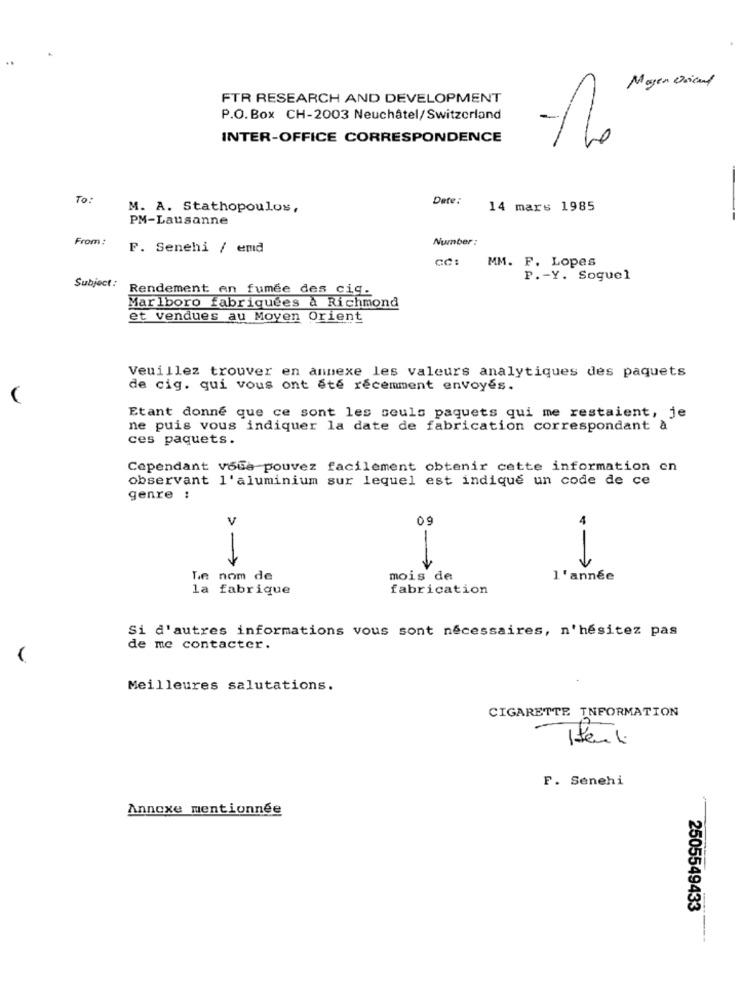
Moyen Orient
FTR RESEARCH AND DEVELOPMENT
P.O. Box CH-2003 Neuchâtel/Switzerland
INTER-OFFICE CORRESPONDENCE
To:
Date:
M. A. Stathopoulos,
14 mars 1985
PM-Lausanne
From :
Number :
F. Senehi / emd
CC: MM. F. Lopes
P .- Y. Soguel
Subject:
Rendement en fumée des cig.
Marlboro fabriquées à Richmond
et vendues au Moyen Orient
Veuillez trouver en annexe les valeurs analytiques des paquets
de cig. qui vous ont ete récemment envoyés.
Etant donne que ce sont les seuls paquets qui me restaient, je
ne puis vous indiquer la date de fabrication correspondant à
ces paquets.
Cependant voGa pouvez facilement obtenir cette information en
observant l'aluminium sur lequel est indique un code de ce
genre :
V
09
Le nom de
mois de
l'année
la fabrique
fabrication
Si d'autres informations vous sont nécessaires, n'hésitez pas
de me contacter.
Meilleures salutations.
CIGARETTE INFORMATION
77
F. Senehi
Annexe mentionnée
2505549433